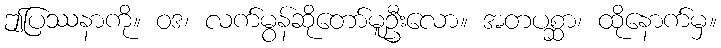
ဤပြဿနာကို။ ဝဒ၊ လက်မွန်ဆိုတော်မူဦးလော။ အတပစ္ဆာ၊ ထိုနောက်မှ။